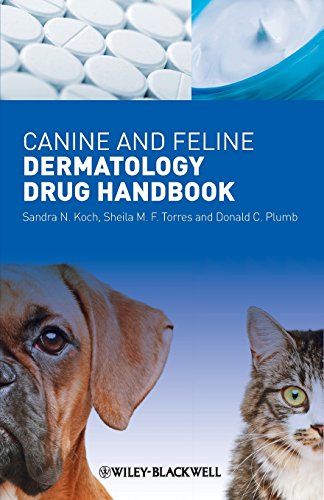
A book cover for Canine and Feline Dermatology Drug Handbook; Sandra N. Koch; Medical Books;